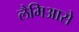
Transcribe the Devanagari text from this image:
लैमिआसे